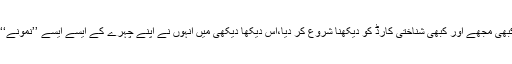
مَیں نے شناختی کارڈ دکھایا تو ان صاحب نے کبھی مجھے اور کبھی شناختی کارڈ کو دیکھنا شروع کر دیا،اِس دیکھا دیکھی میں انہوں نے اپنے چہرے کے ایسے ایسے ’’نمونے‘‘ بنائے کہ مجھے اپنا آپ مشکوک نظر آنے لگا۔